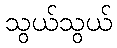
သွယ်သွယ်